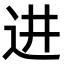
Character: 进